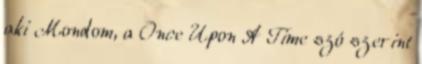
aki Mondom, a Once Upon A Time szó szerint